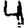
Digit: 4